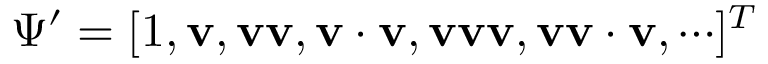
\Psi ^ { \prime } = [ 1 , \mathbf { v } , \mathbf { v v } , \mathbf { v \cdot v } , \mathbf { v v v } , \mathbf { v v \cdot v } , \cdots ] ^ { T }